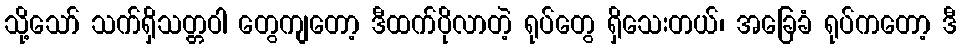
သို့သော် သက်ရှိသတ္တဝါ တွေကျတော့ ဒီထက်ပိုလာတဲ့ ရုပ်တွေ ရှိသေးတယ်၊ အခြေခံ ရုပ်ကတော့ ဒီ